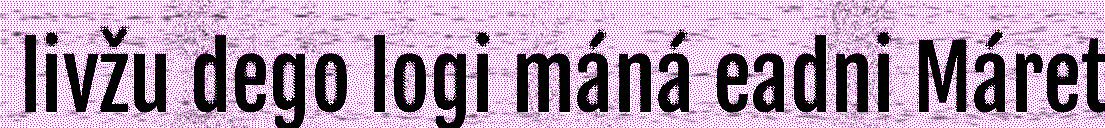
livžu dego logi máná eadni Máret